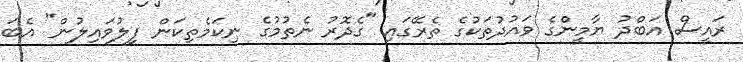
ރައީސް އަބްދު ޔާމީންގެ ވައުދުތަކުގެ ތެރޭގައި "ގެދޮރު ނެތުމުގެ ނިކަމެތިކަން ފިލުވައިލުން" އެބަ